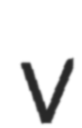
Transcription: v